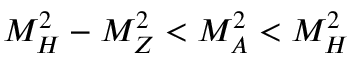
M _ { H } ^ { 2 } - M _ { Z } ^ { 2 } < M _ { A } ^ { 2 } < M _ { H } ^ { 2 }